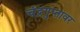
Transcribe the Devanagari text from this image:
चंद्रगुप्तावर